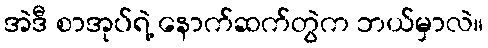
အဲဒီ စာအုပ်ရဲ့ နောက်ဆက်တွဲက ဘယ်မှာလဲ။